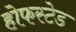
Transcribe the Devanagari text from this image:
होफस्टेड